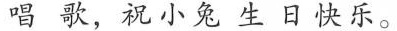
唱歌，祝小兔生日快乐。